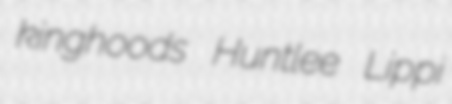
kinghoods Huntlee Lippi